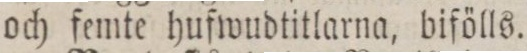
och femte hufwudtitlarna, bifölls.